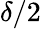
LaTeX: \delta/2